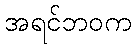
အရင်ဘဝက